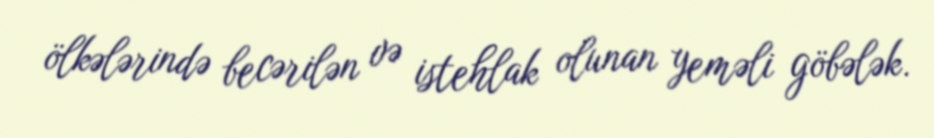
ölkələrində becərilən və istehlak olunan yeməli göbələk.